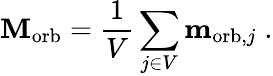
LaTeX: \mathbf{M}_{\mathrm{{orb}}}={\frac{1}{V}}\sum_{j\in V}\mathbf{m}_{\mathrm{{orb}},j}\; .